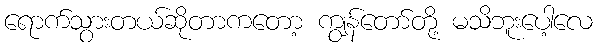
ရောက်သွားတယ်ဆိုတာကတော့ ကျွန်တော်တို့ မသိဘူးပေါ့လေ